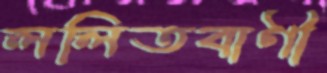
ললিতবাণী